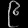
Digit: ၉